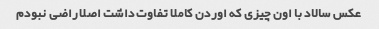
عکس سالاد با اون چیزی که اوردن کاملا تفاوت داشت اصلا راضی نبودم